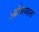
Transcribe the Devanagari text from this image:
आभिव्यक्त